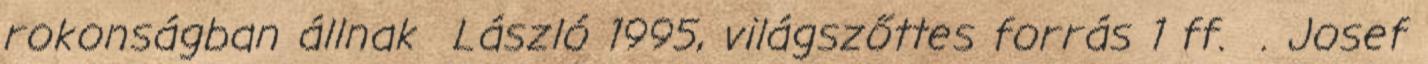
rokonságban állnak László 1995, világszőttes forrás 1 ff. . Josef